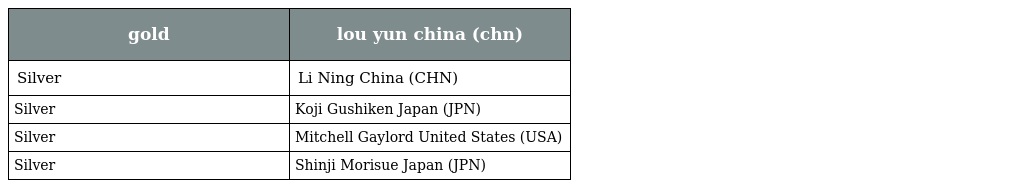
| gold | lou yun china (chn) |
 | --- | --- |
 | Silver | Li Ning China (CHN) |
 | Silver | Koji Gushiken Japan (JPN) |
 | Silver | Mitchell Gaylord United States (USA) |
 | Silver | Shinji Morisue Japan (JPN) |